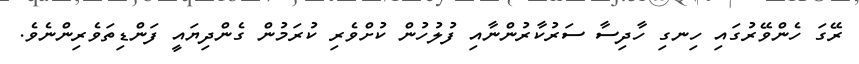
ރޭގަ ހެންވޭރުގައި ހިނގި ހާދިސާ ސަރުކާރުންނާއި ފުލުހުން ކުށްވެރި ކުރަމުން ގެންދިޔައީ ފަންޑިތަވެރިންނެވެ.